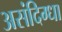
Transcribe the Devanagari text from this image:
असंदिग्धा